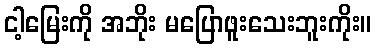
ငါ့မြေးကို အဘိုး မပြောဖူးသေးဘူးကိုး။